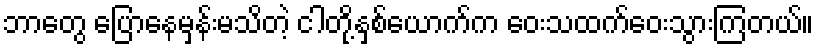
ဘာတွေ ပြောနေမှန်းမသိတဲ့ ငါတို့နှစ်ယောက်က ဝေးသထက်ဝေးသွားကြတယ်။